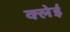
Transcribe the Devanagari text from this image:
क्लेई